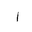
Letter: _alif